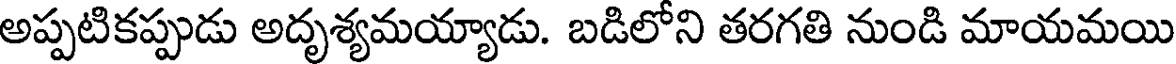
అప్పటికప్పుడు అదృశ్యమయ్యాడు. బడిలోని తరగతి నుండి మాయమయి